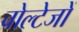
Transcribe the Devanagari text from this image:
वोल्टेजों